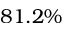
8 1 . 2 \%